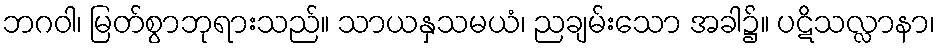
ဘဂဝါ၊ မြတ်စွာဘုရားသည်။ သာယနှသမယံ၊ ညချမ်းသော အခါ၌။ ပဋိသလ္လာနာ၊